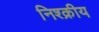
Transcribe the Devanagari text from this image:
निश्क्रीय